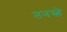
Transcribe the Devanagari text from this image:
तनस्ले